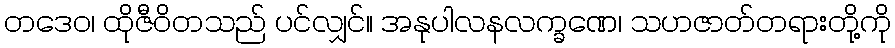
တဒေဝ၊ ထိုဇီဝိတသည် ပင်လျှင်။ အနုပါလနလက္ခဏေ၊ သဟဇာတ်တရားတို့ကို